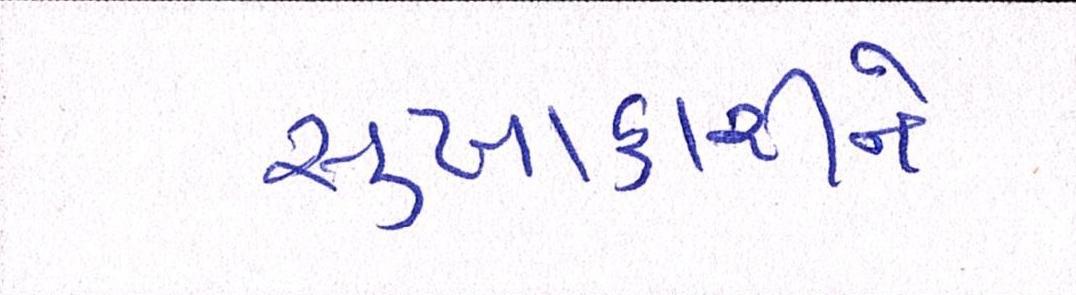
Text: સુખાકારીને